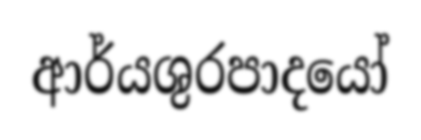
ආර්යශුරපාදයෝ